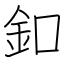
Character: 釦